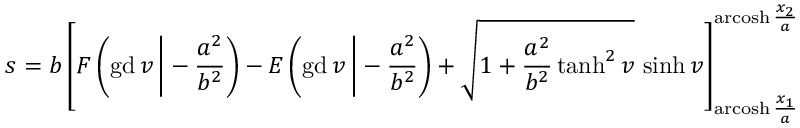
s = b \left[ F \left( \operatorname { g d } v \, { \Biggr | } - { \frac { a ^ { 2 } } { b ^ { 2 } } } \right) - E \left( \operatorname { g d } v \, { \Biggr | } - { \frac { a ^ { 2 } } { b ^ { 2 } } } \right) + { \sqrt { 1 + { \frac { a ^ { 2 } } { b ^ { 2 } } } \operatorname { t a n h } ^ { 2 } v } } \, \sinh v \right] _ { \operatorname { a r c o s h } { \frac { x _ { 1 } } { a } } } ^ { \operatorname { a r c o s h } { \frac { x _ { 2 } } { a } } }